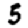
Digit: 5